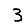
Digit: 3